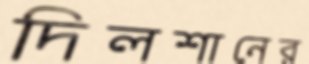
দিলশানের